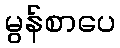
မွန်စာပေ